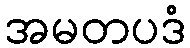
အမတပဒံ